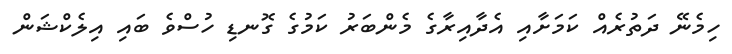
ހިމެނޭ ދަތުރެއް ކަމަށާއި އެދާއިރާގެ މެންބަރު ކަމުގެ ގޮނޑި ހުސްވެ ބައި އިލެކްޝަން